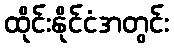
ထိုင်းနိုင်ငံအတွင်း